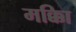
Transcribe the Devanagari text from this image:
मक्काि